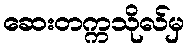
ဆေးတက္ကသိုလ်မှ